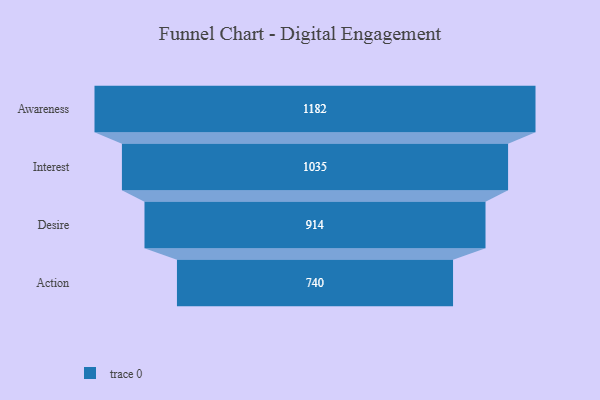
{"axis": {"x": "Stage", "y": "Value"}, "legend": [""], "data": [{"x": "Awareness", "y": 1182.0, "type": ""}, {"x": "Interest", "y": 1035.0, "type": ""}, {"x": "Desire", "y": 914.0, "type": ""}, {"x": "Action", "y": 740.0, "type": ""}]}